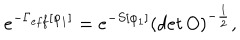
LaTeX: e ^ { - \Gamma _ { e f f } [ \varphi _ { 1 } ] } = e ^ { - S [ \varphi _ { 1 } ] } ( d e t \, O ) ^ { - \frac { 1 } { 2 } } ,